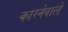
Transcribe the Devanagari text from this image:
कारनेवाले